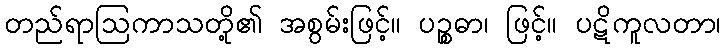
တည်ရာဩကာသတို့၏ အစွမ်းဖြင့်။ ပဉ္စဓာ၊ ဖြင့်။ ပဋိကူလတာ၊